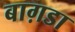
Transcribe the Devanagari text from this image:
बाग़डा